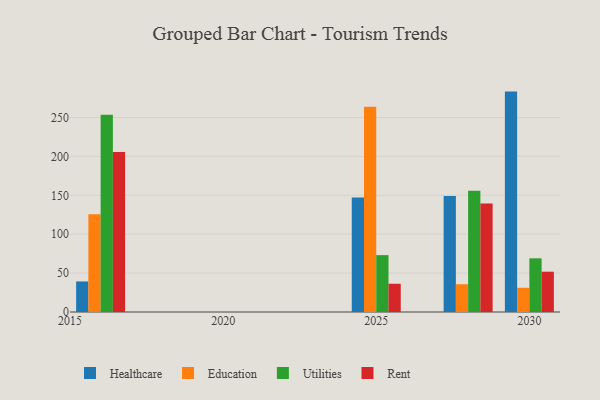
{"axis": {"x": "Year", "y": "Market Share (%)"}, "legend": ["Education", "Healthcare", "Rent", "Utilities"], "data": [{"x": "2030", "y": 283.3, "type": "Healthcare"}, {"x": "2030", "y": 31.1, "type": "Education"}, {"x": "2030", "y": 69.0, "type": "Utilities"}, {"x": "2030", "y": 51.8, "type": "Rent"}, {"x": "2016", "y": 39.3, "type": "Healthcare"}, {"x": "2016", "y": 125.7, "type": "Education"}, {"x": "2016", "y": 253.4, "type": "Utilities"}, {"x": "2016", "y": 205.8, "type": "Rent"}, {"x": "2028", "y": 149.1, "type": "Healthcare"}, {"x": "2028", "y": 35.7, "type": "Education"}, {"x": "2028", "y": 155.7, "type": "Utilities"}, {"x": "2028", "y": 139.4, "type": "Rent"}, {"x": "2025", "y": 147.1, "type": "Healthcare"}, {"x": "2025", "y": 263.7, "type": "Education"}, {"x": "2025", "y": 73.1, "type": "Utilities"}, {"x": "2025", "y": 36.3, "type": "Rent"}]}